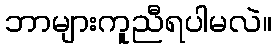
ဘာများကူညီရပါမလဲ။